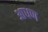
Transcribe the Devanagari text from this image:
आधण